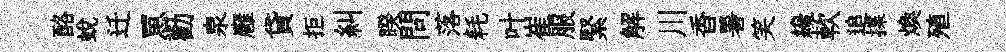
酪蜕迁罳勸泉廱貸拒糾睽問落耗叶崔服緊解川香暑笑纔軟追揲煥殖